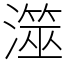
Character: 澨